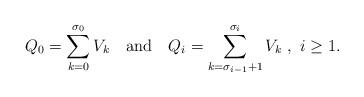
LaTeX: \begin{align*}Q_0 = \sum_{k = 0}^{\sigma_0} V_k ~~\mbox{ and }~~ Q_i = \sum_{k = \sigma_{i-1} + 1}^{\sigma_i} V_k ~,~ i \geq 1.\end{align*}